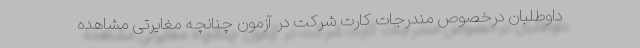
داوطلبان درخصوص مندرجات کارت شرکت در آزمون چنانچه مغایرتی مشاهده